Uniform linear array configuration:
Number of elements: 12
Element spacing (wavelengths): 1
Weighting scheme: kaiser
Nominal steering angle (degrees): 0
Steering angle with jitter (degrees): -1.531
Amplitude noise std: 0.05
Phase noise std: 0.05

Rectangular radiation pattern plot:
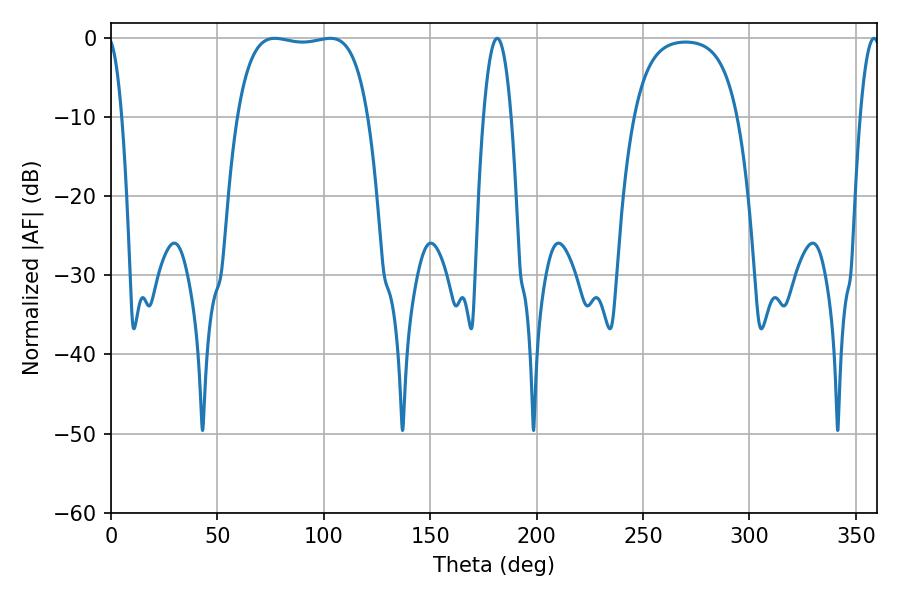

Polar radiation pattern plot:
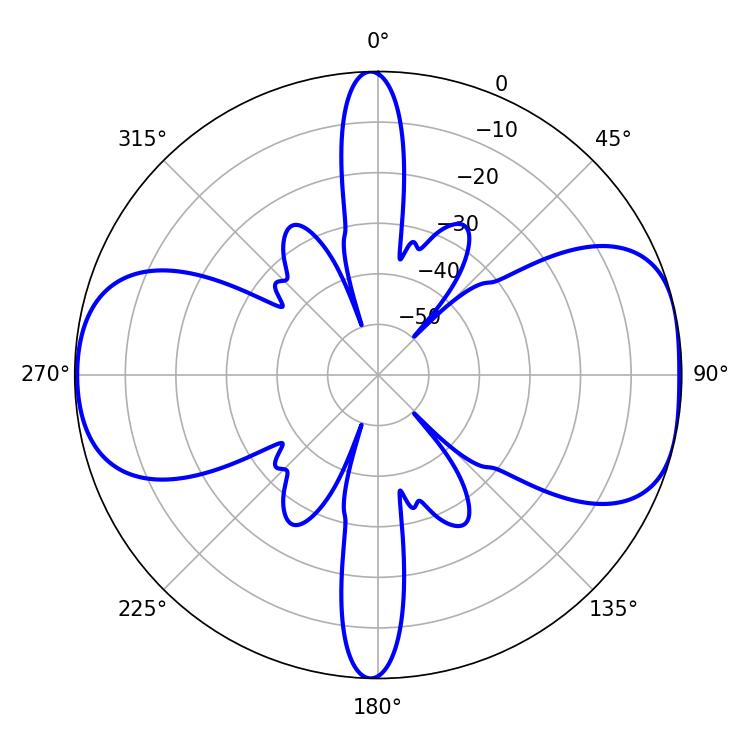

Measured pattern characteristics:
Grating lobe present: TRUE
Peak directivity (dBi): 8.464
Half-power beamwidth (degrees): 48.96
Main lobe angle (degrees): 77.04